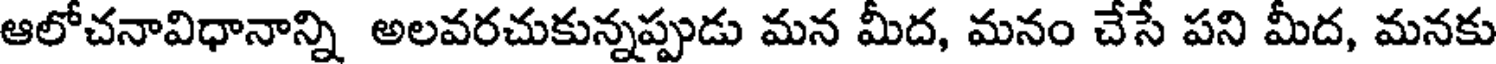
ఆలోచనావిధానాన్ని అలవరచుకున్నప్పుడు మన మీద, మనం చేసే పని మీద, మనకు